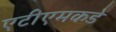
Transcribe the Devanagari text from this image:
एटीएमकडे